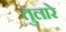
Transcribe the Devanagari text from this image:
तुलारे